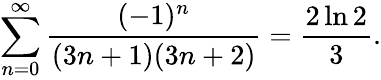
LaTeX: \sum_{n=0}^{\infty}{\frac{(-1)^{n}}{(3n+1)(3n+2)}}={\frac{2\ln 2}{3}}.